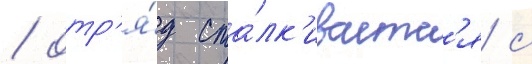
/ отр'я́д ста́лк'иваетс'я с